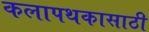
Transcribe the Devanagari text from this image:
कलापथकासाठी